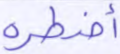
أضطره